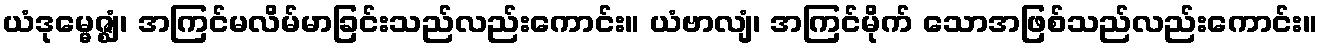
ယံဒုမ္မေဇ္ဈံ၊ အကြင်မလိမ်မာခြင်းသည်လည်းကောင်း။ ယံဗာလျံ၊ အကြင်မိုက် သောအဖြစ်သည်လည်းကောင်း။